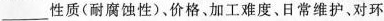
___性质(耐腐蚀性)。价格、加工难度、日常维护、对环